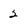
Character: 2